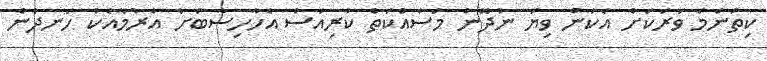
ކިތަންމެ ވަރަކަށް އެކަން ވިޔަ ނުދޭން މަސައްކަތް ކުރިއަސް އެހާހިސާބަށް އެރުމާއެކު ހަނދާން